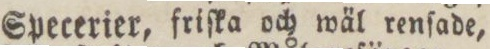
Specerier, friſka och wäl renſade,